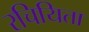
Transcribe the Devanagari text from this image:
रचियिता